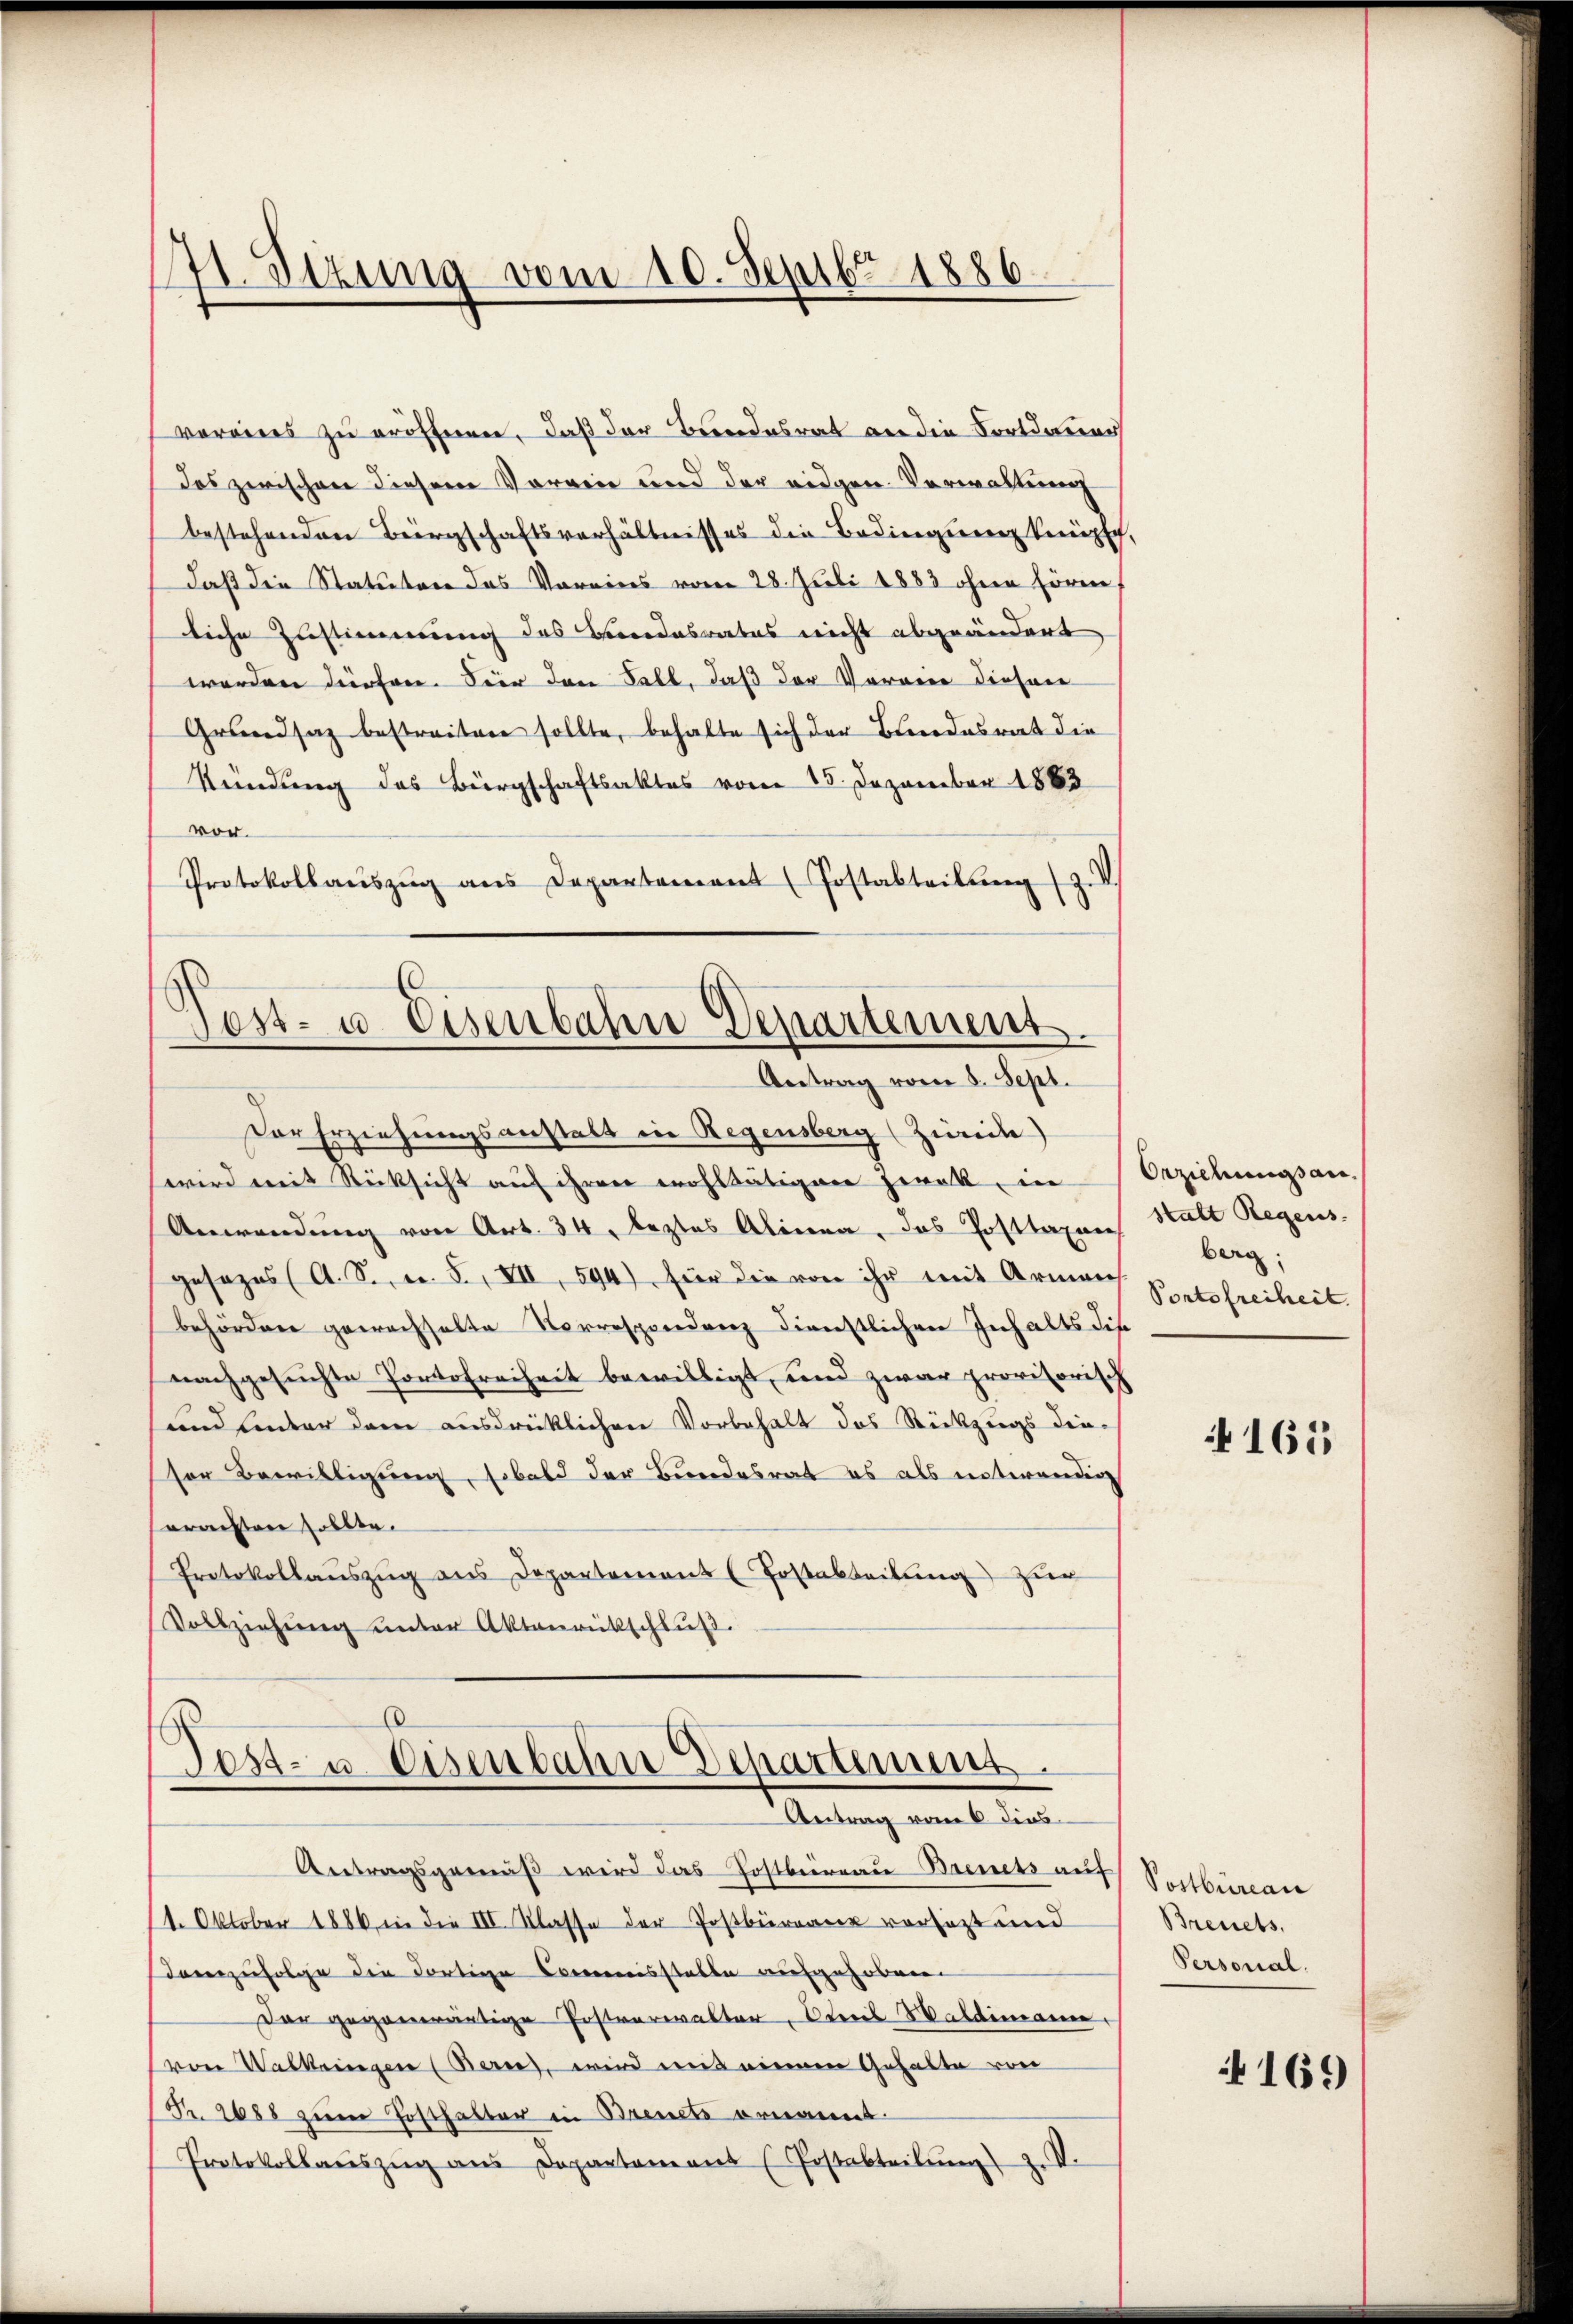
voreines zu eröffnen, daß der Beendesrat an die Fortdauer
das zwischen diesem Vorren und der eidgen- Verwaltung
bestehenden Bergschaftsverhältnisses die Bedingung kenpich,
daß die Statuten das Voreins vom 28. Juli 1883 ohne höre,
liche Zustimmung des Beidesrates nicht abgeändert
worden dürfen. Der den Fall, daß der Vorare diesen
Grundsaz bestreiten sollte, behalte sich der Blindesrat die
Kündung des Bürgschaftsaktes vom 15. Dezember 1863
vor.
Protokollaŭszŭg ans Departement (Postabteilung (s.

41. Sizung vom 10. Septbr. 1886.

Post- u. Eisenbahne Departement.
Antrag vom 8. Sept.
Der Erziehungsanstalt in Regensberg (Zürich)

wird mit Rücksicht auf ihren wohltätiger gerat, in
Anwendung von Art. 34, leztes Alinea, das Posttaxen
gesezes (A. S. Nr. 5., VII, 594) für die von ihr mit Armen
behörden gewachselte Vorrespondenz dienstlichen Inhalts dis
nachgesuchte Portofreiheit bewilligt, und zwar provisorisch
und inder dem ausdrücklichen Vorbehalt des Rückzugs die-
ser Bewilligung, sobald der Bundesrat es als entwendig
orasten sollte.
Protokollaŭszŭg ans Departement (Postabteilŭng zur
Vollziehung unter Aktenrückschluß.

Fest- u. Eisenbahn Departinums
Antrag vom 6. dies
Antragsgemäß wird das Postbureau Bienets auf Postbüreau

1. Oktober 1886 in die III Klasse der Postbüreau vorsezt und
danzufolge die dortige Commisstaben aufgehoben
Der gegenwärtige Postverwalter, trois Haldimann
von Walkringen (Berne, wird uns meinen Gehalte von
Pr. 2688 zum Posthalter in Brents ornannt.
Protokollaŭszŭg ans Departamens (Postabteilŭng z. V

Orziehungsanstalt Regens
berg;
Portofreiheit.

165

Breuets,
Personal.

169